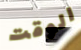
الوقت